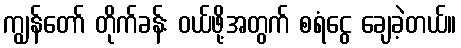
ကျွန်တော် တိုက်ခန်း ဝယ်ဖို့အတွက် စရံငွေ ချေခဲ့တယ်။